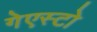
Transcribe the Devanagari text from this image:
गेएस्टो